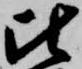
比